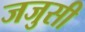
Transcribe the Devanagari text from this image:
जजुसी